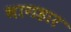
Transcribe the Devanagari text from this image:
भागहार